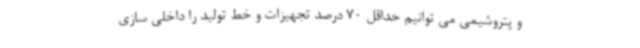
و پتروشیمی می توانیم حداقل 70 درصد تجهیزات و خط تولید را داخلی سازی